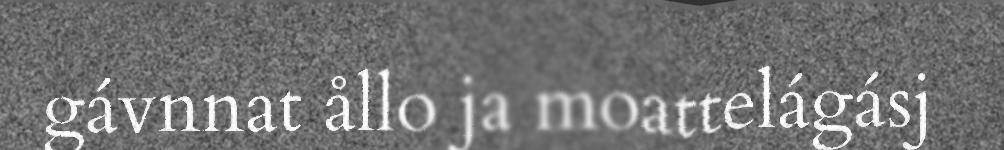
gávnnat ållo ja moattelágásj